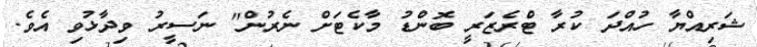
ޝަރިއްޔާ ހުއްދަ ކުރާ ޓްރެޒަރީ ބޮންޑު މާކެޓަށް ނެރުން" ނަސީރު ވިދާޅުވި އެވެ.